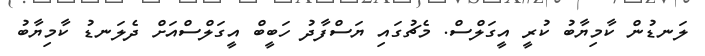
ލަނޑުން ކާމިޔާބު ކުރީ އީގަލްސް. މެޗުގައި ޔަސްފާދު ހަބީބް އީގަލްސްއަށް ދެލަނޑު ކާމިޔާބު